Annual report on the health of the army in India
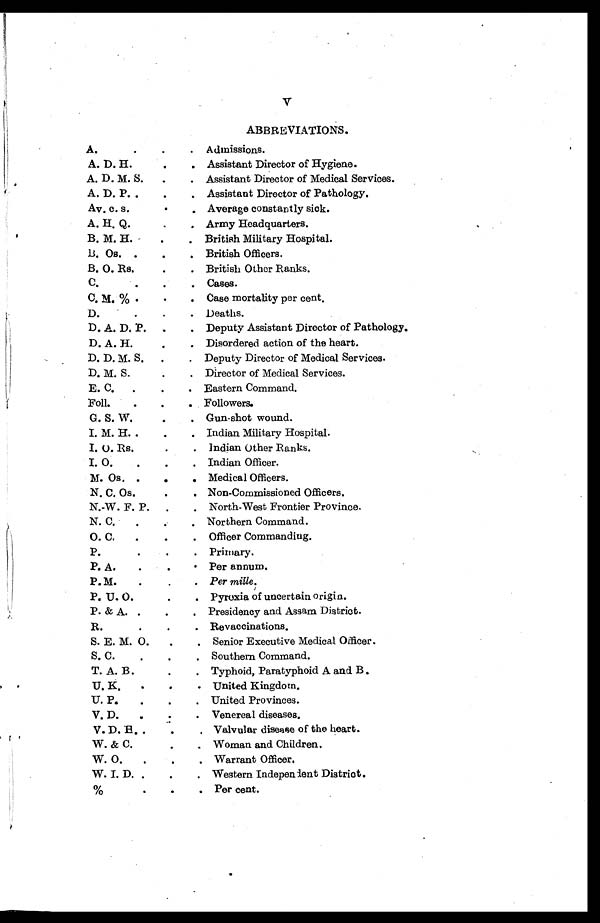
V
ABBREVIATIONS.
A.
.
.
. Admissions.
A. D. H.
.
. Assistant Director of Hygiene.
A. D. M. S.
.
. Assistant Director of Medical Services.
A. D. P. .
.
. Assistant Director of Pathology.
Av. c. s.
. .
Average constantly sick.
A. H. Q.
. .
Army Headquarters.
B. M. H.
.
. British Military Hospital.
B. Os. .
.
. British Officers.
B. O. Rs.
.
. British Other Ranks.
C.
.
.
. Cases.
C. M. % .
. .
Case mortality per cent.
D.
. . .
Deaths.
D. A. D, P.
.
. Deputy Assistant Director of Pathology.
D. A. H.
.
. Disordered action of the heart.
D. D. M. S.
.
. Deputy Director of Medical Services.
D. M. S.
.
. Director of Medical Services.
E. C.
.
.
. Eastern Command.
Foll.
.
.
. Followers.
G. S. W.
.
. Gun-shot wound.
I. M. H. .
.
. Indian Military Hospital.
I. O. Rs.
.
. Indian Other Ranks.
I. O.
.
.
. Indian Officer.
M. Os. .
.
. Medical Officers.
N. C. Os.
.
. Non-Commissioned Officers.
N.-W. F. P.
.
. North-West Frontier Province.
N. C.
.
. Northern Command.
O. C.
.
.
. Officer Commanding.
P.
.
.
. Primary.
P. A.
.
.
. Per annum.
P. M.
.
. .
Per mille.
P. U. O.
.
. Pyroxia of uncertain origin.
P. & A. .
.
. Presidency and Assam District.
R.
.
.
. Revaccinations.
S. E. M. O.
.
. Senior Executive Medical Officer.
S. C.
.
.
. Southern Command.
T. A. B.
.
. Typhoid, Paratyphoid A and B.
U. K.
. . .
United Kingdom.
U. P.
.
.
. United Provinces.
V. D.
.
.
.
Venereal diseases.
V. D. H. .
.
. Valvular disease of the heart.
W. & C.
. .
Woman and Children.
W. O.
.
.
. Warrant Officer.
W. I. D. .
.
. Western Independent District.
%
.
.
. Per cent.